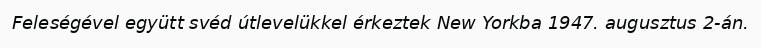
Feleségével együtt svéd útlevelükkel érkeztek New Yorkba 1947. augusztus 2-án.